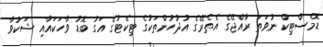
ޑޮމެސްޓިކް ނުވަތަ ރާއްޖޭގެ އެތެރޭގެ އުދުހުންތަކުގެ ޓިކެޓުގެ އަގު ބޮޑު ވާހަކައާއި ޝަކުވާ